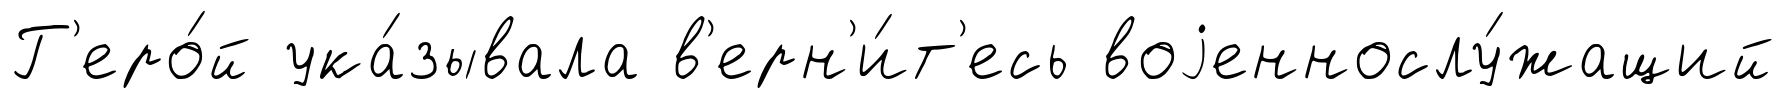
Г'еро́й ука́зывала в'ерн'и́т'есь воjеннослу́жащий